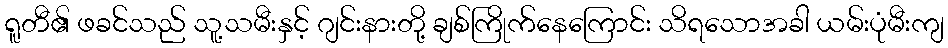
ရူတီ၏ ဖခင်သည် သူ့သမီးနှင့် ဂျင်းနားတို့ ချစ်ကြိုက်နေကြောင်း သိရသောအခါ ယမ်းပုံမီးကျ